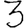
Digit: 3